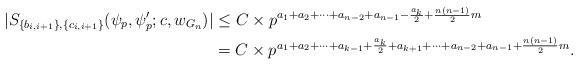
LaTeX: \begin{align*}\begin{aligned} \vert S_{\{b_{i,i+1}\},\{c_{i,i+1}\}}(\psi_p, \psi_p'; c,w_{G_n}) \rvert & \leq C \times p^{a_1+a_2+\cdots+a_{n-2}+a_{n-1}-\frac{a_{k}}{2}+\frac{n(n-1)}{2}m} \\&= C \times p^{a_1+a_2+\cdots+a_{k-1}+\frac{a_k}{2}+a_{k+1}+\cdots+ a_{n-2}+a_{n-1} +\frac{n(n-1)}{2}m}.\end{aligned}\end{align*}